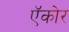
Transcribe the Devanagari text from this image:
ऍकोर